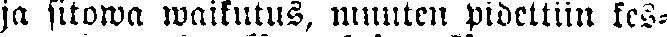
ja sitowa waikutus, muuten pidettiin kes-